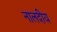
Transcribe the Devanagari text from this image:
नालदीय